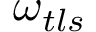
\omega _ { t l s }